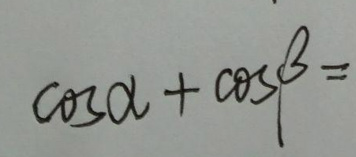
\(\cos\alpha+\cos\beta =\)